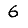
Digit: 6